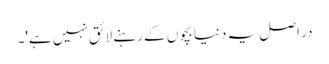
در اصل یہ دنیا بچوں کے رہنے لائق نہیں ہے'۔